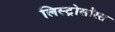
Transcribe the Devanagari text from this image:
लिस्ट्रोसॉरस